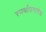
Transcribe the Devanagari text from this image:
स्पर्धाप्रमाणेच